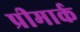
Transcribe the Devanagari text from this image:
प्रीमार्क